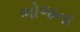
ભોજના